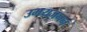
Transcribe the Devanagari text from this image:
उभयजनन